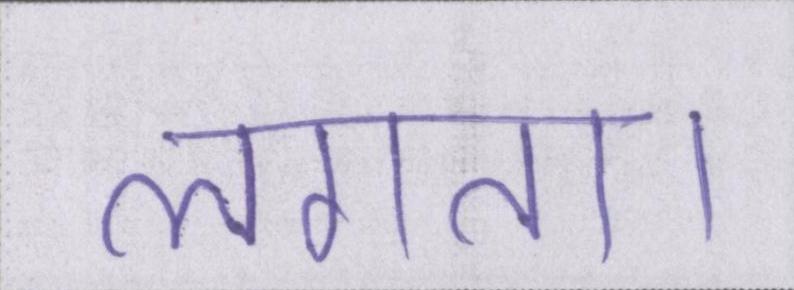
लगता।